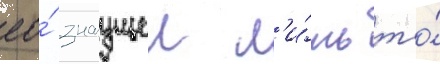
ео́ знаущеи л'и́шь то́